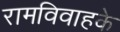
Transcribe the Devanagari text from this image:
रामविवाहके